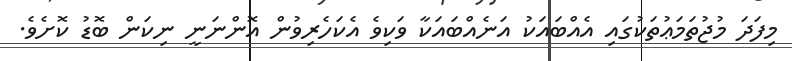
މިފަދަ މުޖުތަމަޢުތަކުގައި އެއްބައަކު އަނެއްބައަކާ ވަކިވެ އެކަހެރިވުން އޮންނަނީ ނިކަން ބޮޑު ކޮށެވެ.